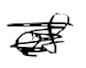
Text: of
Cross-out: scratch
Writing tool: digital_black